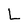
Character: L